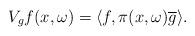
LaTeX: \begin{align*}V_gf(x,\omega)=\langle f,\pi(x,\omega) \overline{g} \rangle.\end{align*}